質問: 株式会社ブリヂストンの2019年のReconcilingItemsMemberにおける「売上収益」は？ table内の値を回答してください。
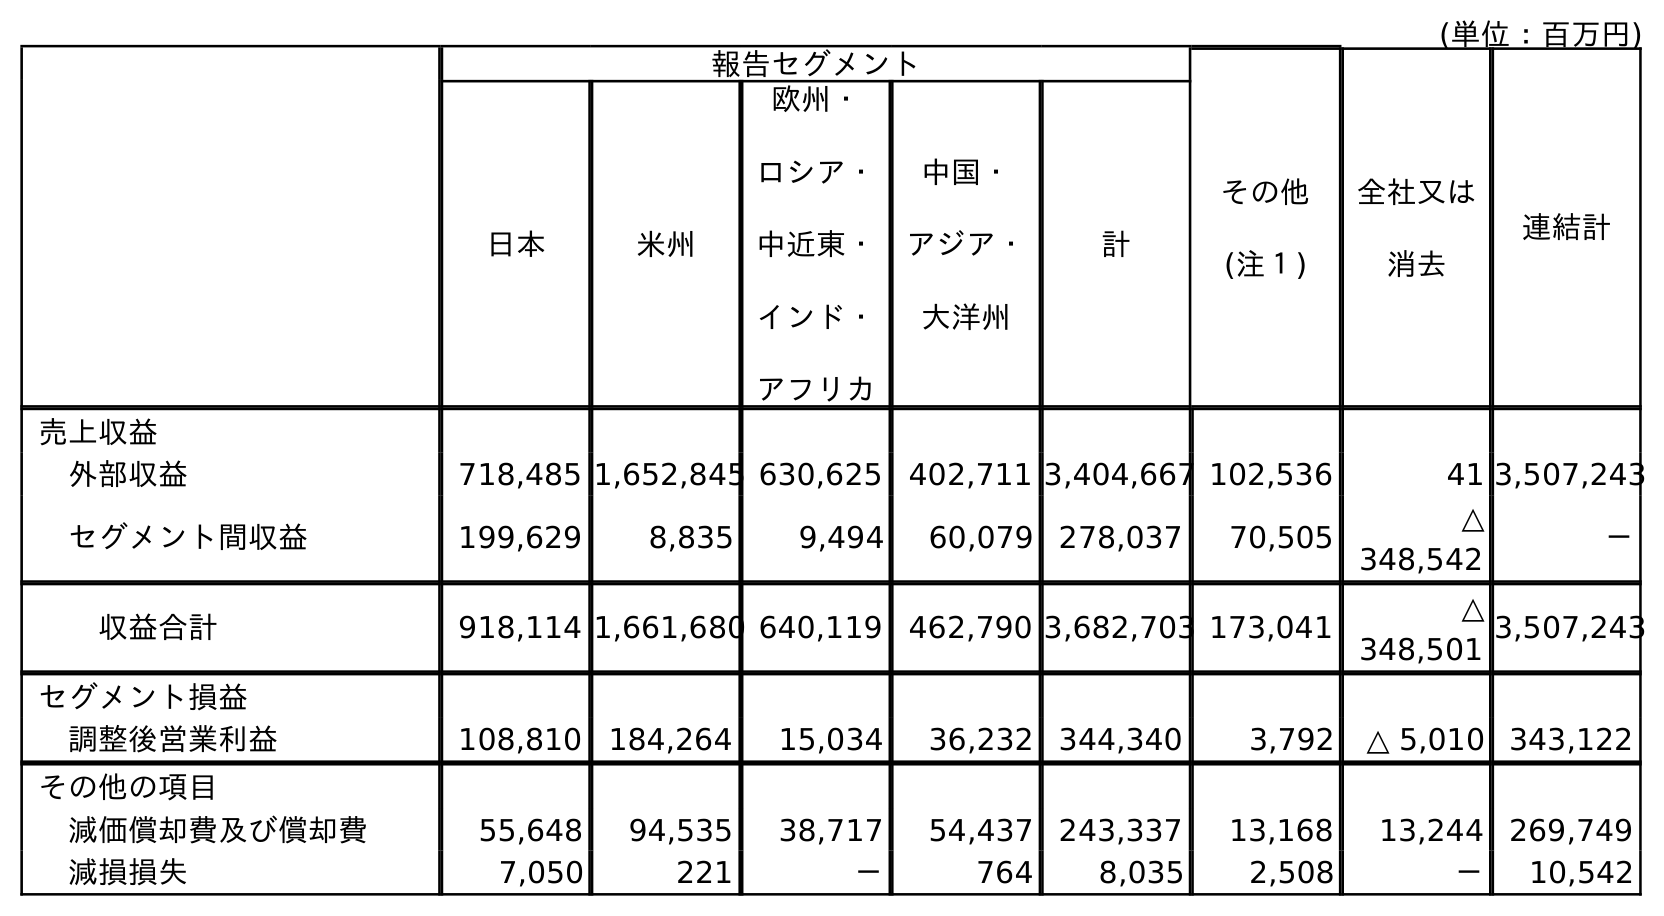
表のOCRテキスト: (単位：百万円) 報告セグメント その他 (注１) 全社又は 消去 連結計 日本 米州 欧州・ ロシア・ 中近東・ インド・ アフリカ 中国・ アジア・ 大洋州 計 売上収益 外部収益 718,485 1,652,845 630,625 402,711 3,404,667 102,536 41 3,507,243 セグメント間収益 199,629 8,835 9,494 60,079 278,037 70,505 △ 348,542 － 収益合計 918,114 1,661,680 640,119 462,790 3,682,703 173,041 △ 348,501 3,507,243 セグメント損益 調整後営業利益 108,810 184,264 15,034 36,232 344,340 3,792 △ 5,010 343,122 その他の項目 減価償却費及び償却費 55,648 94,535 38,717 54,437 243,337 13,168 13,244 269,749 減損損失 7,050 221 － 764 8,035 2,508 － 10,542
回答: △348,501